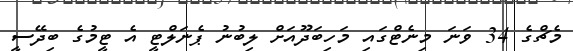
މެޗްގެ 34 ވަނަ މިނެޓްގައި މަހިބަދޫއަށް ލިބުނު ޕެނަލްޓީ އެ ޓީމުގެ ބިދޭސީ